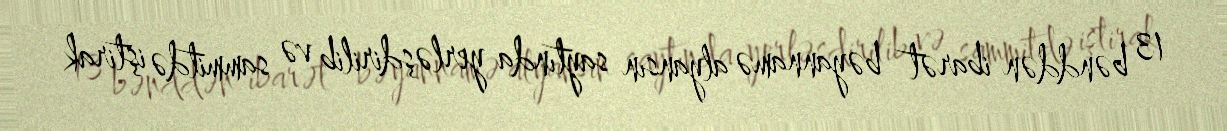
13 bənddən ibarət bəyannamə alyansın saytında yerləşdirilib və sammitdə iştirak